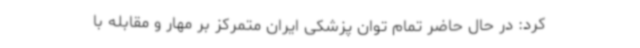
کرد: در حال حاضر تمام توان پزشکی ایران متمرکز بر مهار و مقابله با